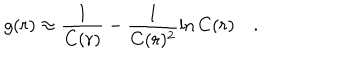
LaTeX: g ( r ) \approx \frac { 1 } { C ( r ) } - \frac { 1 } { C ( r ) ^ { 2 } } \ln C ( r ) \quad .